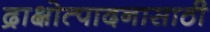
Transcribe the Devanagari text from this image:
द्राक्षोत्पादनासाठी